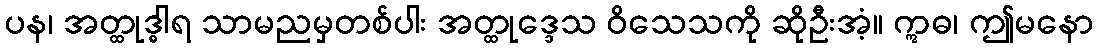
ပန၊ အတ္ထုဒ္ဓါရ သာမညမှတစ်ပါး အတ္ထုဒ္ဒေသ ဝိသေသကို ဆိုဦးအံ့။ ဣဓ၊ ဤမနော